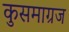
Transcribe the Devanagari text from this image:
कुसमाग्रज